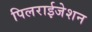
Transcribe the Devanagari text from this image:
पिलराईजेशन